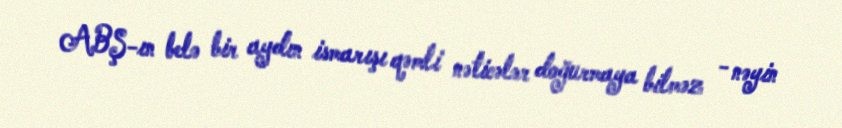
ABŞ-ın belə bir aydın ismarışı qəmli nəticələr doğurmaya bilməz - nəyin